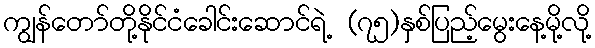
ကျွန်တော်တို့နိုင်ငံခေါင်းဆောင်ရဲ့ (၇၅)နှစ်ပြည့်မွေးနေ့မို့လို့